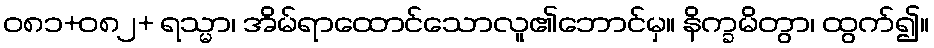
ဝ၈၁+၀၈၂+ ရသ္မာ၊ အိမ်ရာထောင်သောလူ၏ဘောင်မှ။ နိက္ခမိတွာ၊ ထွက်၍။